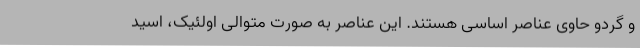
و گردو حاوی عناصر اساسی هستند. این عناصر به صورت متوالی اولئیک، اسید